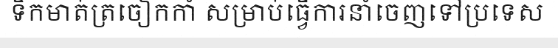
ទឹកមាត់ត្រចៀកកាំ សម្រាប់ធ្វើការនាំចេញទៅប្រទេស